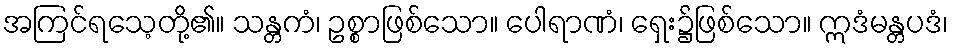
အကြင်ရသေ့တို့၏။ သန္တကံ၊ ဥစ္စာဖြစ်သော။ ပေါရာဏံ၊ ရှေး၌ဖြစ်သော။ ဣဒံမန္တပဒံ၊